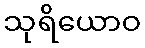
သုရိယောဝ